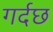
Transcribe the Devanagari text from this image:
गर्दछ